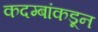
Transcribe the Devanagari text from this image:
कदम्बांकडून